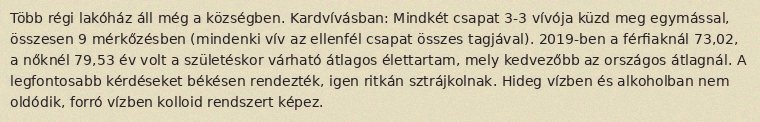
Több régi lakóház áll még a községben. Kardvívásban: Mindkét csapat 3-3 vívója küzd meg egymással, összesen 9 mérkőzésben (mindenki vív az ellenfél csapat összes tagjával). 2019-ben a férfiaknál 73,02, a nőknél 79,53 év volt a születéskor várható átlagos élettartam, mely kedvezőbb az országos átlagnál. A legfontosabb kérdéseket békésen rendezték, igen ritkán sztrájkolnak. Hideg vízben és alkoholban nem oldódik, forró vízben kolloid rendszert képez.